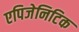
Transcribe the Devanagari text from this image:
एपिजेनिटिक